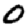
Digit: 0